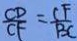
\frac { C D } { C F } = \frac { C F } { B C }